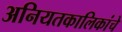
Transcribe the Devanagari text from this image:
अनियतकालिकांचे